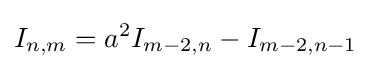
I_{n,m}=a^{2}I_{m-2,n}-I_{m-2,n-1}\,\!